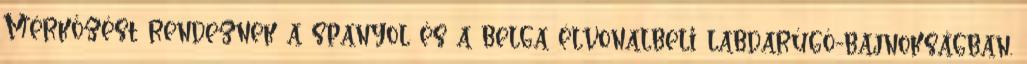
Mérkőzést rendeznek a spanyol és a belga élvonalbeli labdarúgó-bajnokságban.